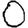
Digit: 0